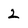
Character: 2